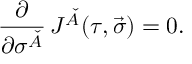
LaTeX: \frac { \partial } { \partial \sigma ^ { \check { A } } } \, J ^ { \check { A } } ( \tau , \vec { \sigma } ) = 0 .